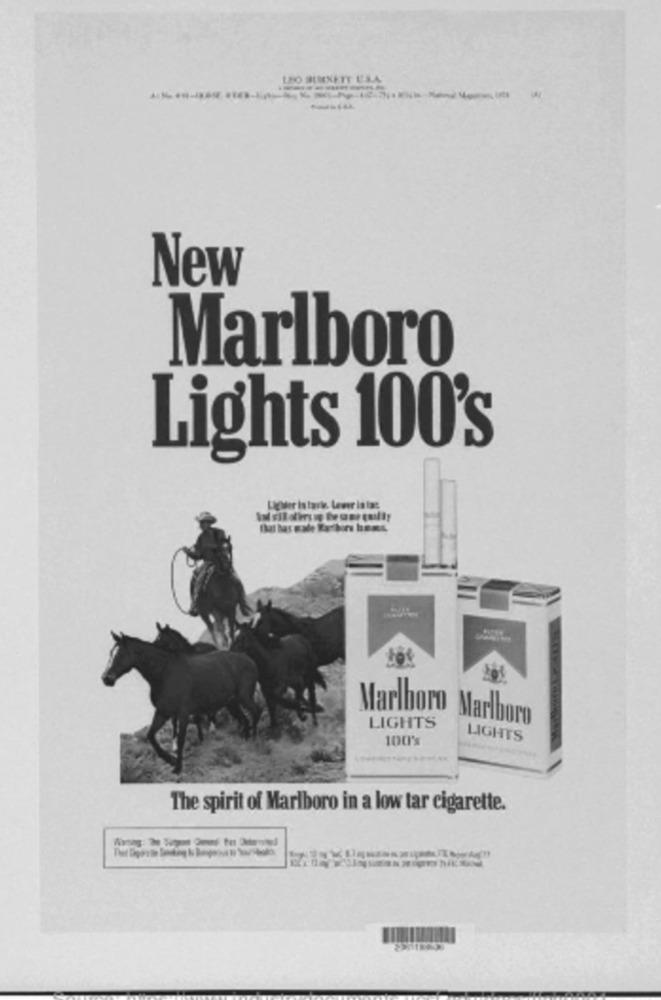
LEO BURNETT US.A.
-
New
Marlboro
Lights 100's
Lewer Istart. Lewer is ias
201
Marlboro Marlboro
LIGHTS
100
LIGHTS
The spirit of Marlboro in a low tar cigarette.